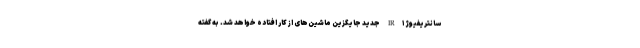
سانتریفیوژ IR۱ جدید جایگزین ماشین‌های از کار افتاده خواهد شد. به گفته